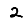
Digit: 2